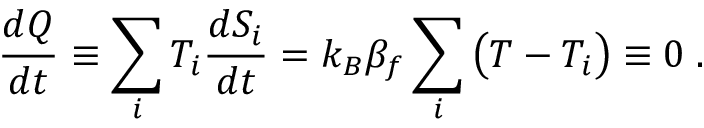
\frac { d Q } { d t } \equiv \sum _ { i } T _ { i } \frac { d S _ { i } } { d t } = k _ { B } \beta _ { f } \sum _ { i } \left( T - T _ { i } \vphantom { T ^ { T } } \right) \equiv 0 \; .